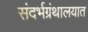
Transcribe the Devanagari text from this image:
संदर्भग्रंथालयात